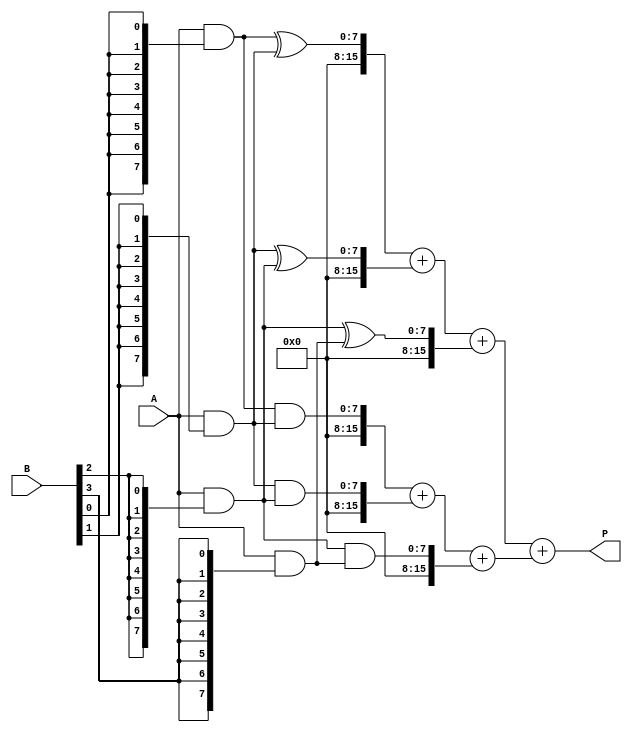
module unfolded_wallace_tree_multiplier #(
    parameter M = 8, // Bit-width of A
    parameter N = 8  // Bit-width of B
)(
    input [M-1:0] A,
    input [N-1:0] B,
    output reg [M+N-1:0] P
);

    // Generate partial products
    wire [M-1:0] pp [0:N-1]; // Partial products
    genvar i;
    generate
        for (i = 0; i < N; i = i + 1) begin : gen_partial_products
            assign pp[i] = A & {M{B[i]}};
        end
    endgenerate

    // Wallace Tree Reduction
    wire [M+N-1:0] sum [0:M+N-1]; // Sums from the adders
    wire [M+N-1:0] carry [0:M+N-1]; // Carry bits from the adders

    // First stage of reduction
    generate
        for (i = 0; i < N; i = i + 1) begin : first_stage
            if (i < N-1) begin
                assign sum[i] = pp[i][M-1:0] ^ pp[i+1][M-1:0];
                assign carry[i] = pp[i][M-1:0] & pp[i+1][M-1:0];
            end else begin
                assign sum[i] = pp[i][M-1:0];
                assign carry[i] = 0;
            end
        end
    endgenerate

    // Subsequent stages of reduction
    // This is a simplified version, you can expand it for more stages
    wire [M+N-1:0] final_sum;
    wire [M+N-1:0] final_carry;
    
    assign final_sum = sum[0] + sum[1] + sum[2]; // Example for 3 partial sums
    assign final_carry = carry[0] + carry[1] + carry[2];

    // Final addition
    always @(*) begin
        P = final_sum + final_carry;
    end

endmodule